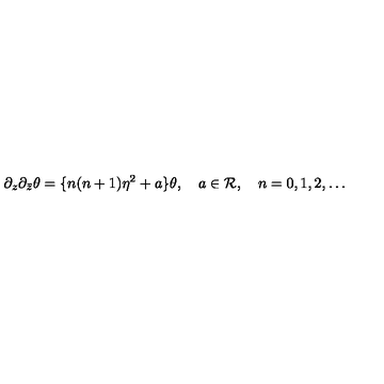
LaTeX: \partial _ { z } \partial _ { \bar { z } } \theta = \{ n ( n + 1 ) \eta ^ { 2 } + a \} \theta , \quad a \in { \cal R } , \quad n = 0 , 1 , 2 , \ldots